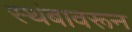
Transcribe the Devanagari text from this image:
स्थंबावरून